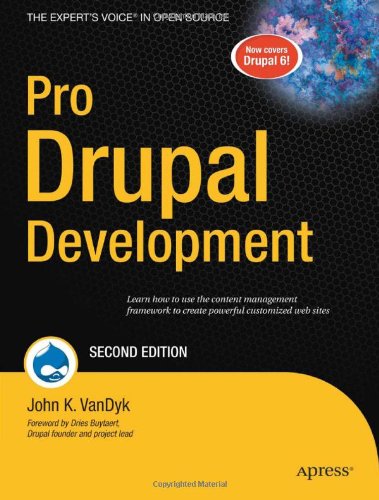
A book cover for Pro Drupal Development, Second Edition; John VanDyk; Computers & Technology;